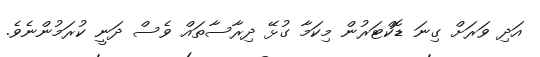
އަދި ވަރަށް ގިނަ ޑޮކްޓަރުން މިކަމާ ގުޅޭ ދިރާސާތައް ވެސް ދަނީ ކުރަމުންނެވެ.